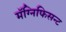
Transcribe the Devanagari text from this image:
मॅग्निफिसन्ट